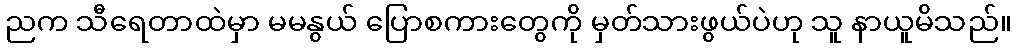
ညက သီရေတာထဲမှာ မမနွယ် ပြောစကားတွေကို မှတ်သားဖွယ်ပဲဟု သူ နာယူမိသည်။